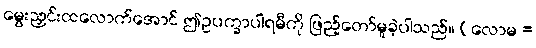
မွေးညှင်းထလောက်အောင် ဤဥပက္ခာပါရမီကို ဖြည့်တော်မူခဲ့ပါသည်။ (လောမ =